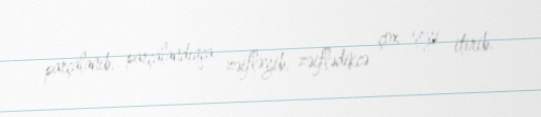
parçalanıb, parçalandıqca zəifləyib, zəiflədikcə çox şeyi itirib.